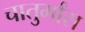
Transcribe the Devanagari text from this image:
चातुर्मांस